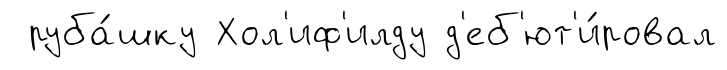
руба́шку Хол'иф'илду д'еб'ют'и́ровал